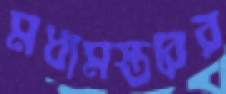
মধ্যমস্তরের